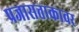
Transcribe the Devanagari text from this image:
प्रजासत्ताकावर